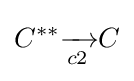
C^{**}{\xrightarrow[{c2}]{}}C